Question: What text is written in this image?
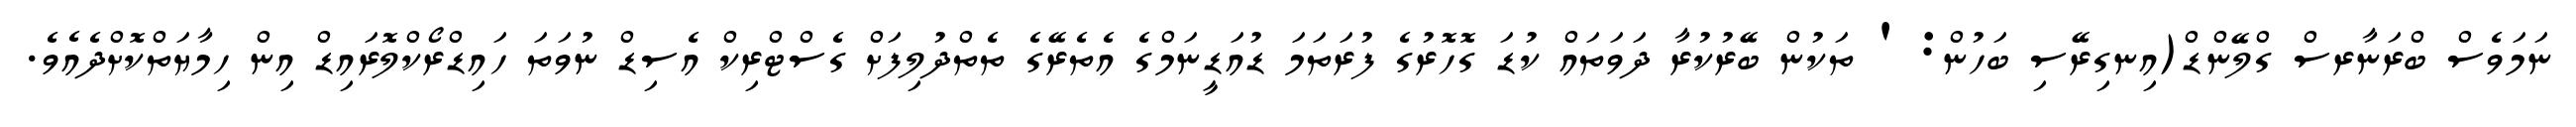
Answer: ނަމަވެސް ބްރަނާރސް ގްލޭންޑް(އިނގިރޭސި ބަހުން: ' ތަކުން ބޭރުކުރާ ދަވަތައް ކުޑަ ގޮހޮރުގެ ފުރަތަމަ ޑުއަޑީނަމްގެ އެތެރޭގެ ތެތްދުލިފަށް ގެސްޓްރިކް އެސިޑް ނުވަތަ ހައިޑްރޯކްލޮރައިޑް އިން ހިމާޔަތްކޮށްދެއެވެ.